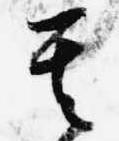
其